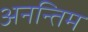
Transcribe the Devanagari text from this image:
अनन्तिम